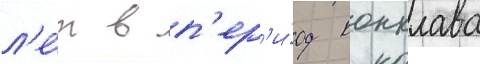
л'е́т в п'ер'и́од конклава